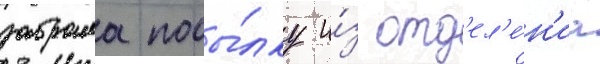
забрала посы́лку и́з отд'ел'е́н'иа